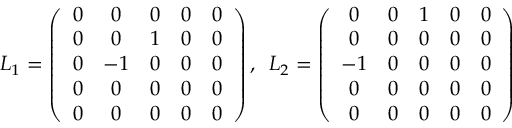
L _ { 1 } = \left( \begin{array} { c c c c c } { { 0 } } & { { 0 } } & { { 0 } } & { { 0 } } & { { 0 } } \\ { { 0 } } & { { 0 } } & { { 1 } } & { { 0 } } & { { 0 } } \\ { { 0 } } & { { - 1 } } & { { 0 } } & { { 0 } } & { { 0 } } \\ { { 0 } } & { { 0 } } & { { 0 } } & { { 0 } } & { { 0 } } \\ { { 0 } } & { { 0 } } & { { 0 } } & { { 0 } } & { { 0 } } \end{array} \right) , \, \, \, L _ { 2 } = \left( \begin{array} { c c c c c } { { 0 } } & { { 0 } } & { { 1 } } & { { 0 } } & { { 0 } } \\ { { 0 } } & { { 0 } } & { { 0 } } & { { 0 } } & { { 0 } } \\ { { - 1 } } & { { 0 } } & { { 0 } } & { { 0 } } & { { 0 } } \\ { { 0 } } & { { 0 } } & { { 0 } } & { { 0 } } & { { 0 } } \\ { { 0 } } & { { 0 } } & { { 0 } } & { { 0 } } & { { 0 } } \end{array} \right)